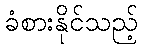
ခံစားနိုင်သည့်